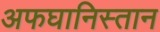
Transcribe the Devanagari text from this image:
अफघानिस्तान